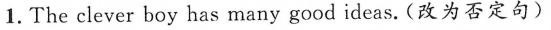
1. The clever boy has many good ideas.(改为否定句)